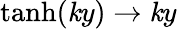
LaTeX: \operatorname{tanh}(\mathit{k}y)\to\mathit{k}y